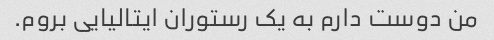
من دوست دارم به یک رستوران ایتالیایی بروم.